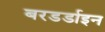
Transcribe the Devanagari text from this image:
बरडर्डाइन